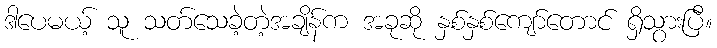
ဒါပေမယ့် သူ သတ်သေခဲ့တဲ့အချိန်က အခုဆို နှစ်နှစ်ကျော်တောင် ရှိသွားပြီ။